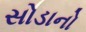
સોડાનો